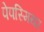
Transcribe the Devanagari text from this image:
पेपस्मियर